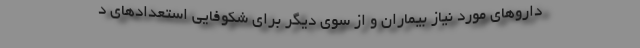
داروهای مورد نیاز بیماران و از سوی دیگر برای شکوفایی استعدادهای د